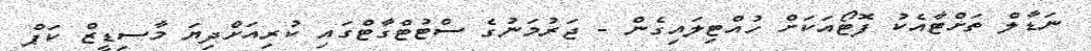
ނަޑާލް ތަށްޓާއެކު ފޮޓޯއަކަށް ހުއްޓިލައިގެން - ޖަރުމަނުގެ ސްޓުޓްގާޓްގައި ކުރިއަށްދިޔަ މާސިޑީޒް ކަޕް